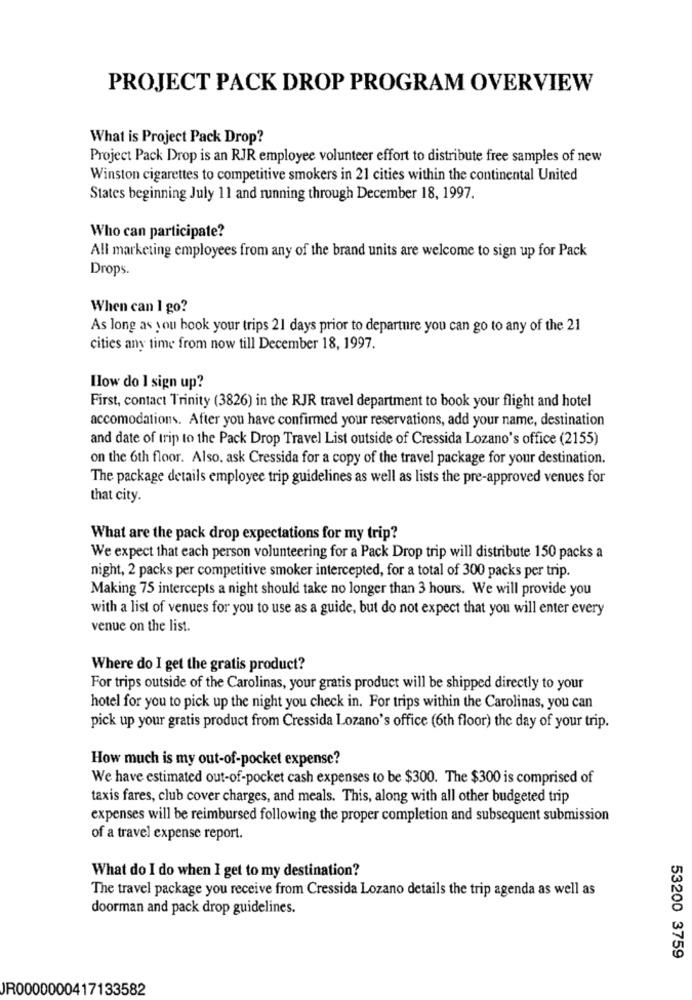
PROJECT PACK DROP PROGRAM OVERVIEW
What is Project Pack Drop?
Project Pack Drop is an RJR employee volunteer effort to distribute free samples of new
Winston cigarettes to competitive smokers in 21 cities within the continental United
States beginning July 11 and running through December 18, 1997.
Who can participate?
All marketing employees from any of the brand units are welcome to sign up for Pack
Drops.
When can 1 go?
As long as you book your trips 21 days prior to departure you can go to any of the 21
cities any time from now till December 18, 1997.
How do I sign up?
First, contact Trinity (3826) in the RJR travel department to book your flight and hotel
accomodations. After you have confirmed your reservations, add your name, destination
and date of trip to the Pack Drop Travel List outside of Cressida Lozano's office (2155)
on the 6th floor. Also, ask Cressida for a copy of the travel package for your destination.
The package details employee trip guidelines as well as lists the pre-approved venues for
that city.
What are the pack drop expectations for my trip?
We expect that each person volunteering for a Pack Drop trip will distribute 150 packs a
night, 2 packs per competitive smoker intercepted, for a total of 300 packs per trip.
Making 75 intercepts a night should take no longer than 3 hours. We will provide you
with a list of venues for you to use as a guide, but do not expect that you will enter every
venue on the list.
Where do I get the gratis product?
For trips outside of the Carolinas, your gratis product will be shipped directly to your
hotel for you to pick up the night you check in. For trips within the Carolinas, you can
pick up your gratis product from Cressida Lozano's office (6th floor) the day of your trip.
How much is my out-of-pocket expense?
We have estimated out-of-pocket cash expenses to be $300. The $300 is comprised of
taxis fares, club cover charges, and meals. This, along with all other budgeted trip
expenses will be reimbursed following the proper completion and subsequent submission
of a travel expense report.
What do I do when I get to my destination?
The travel package you receive from Cressida Lozano details the trip agenda as well as
doorman and pack drop guidelines.
53200 3759
JR0000000417133582